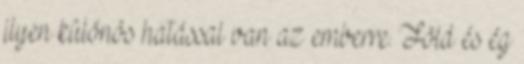
ilyen különös hatással van az emberre. Föld és ég